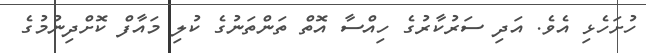
ހުށަހެޅި އެވެ. އަދި ސަރުކާރުގެ ހިއްސާ އޮތް ތަންތަނުގެ ކުލި މައާފް ކޮށްދިނުމުގެ